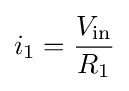
i_{1}={\frac {V_{\text{in}}}{R_{1}}}